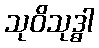
သုဝိသုဒ္ဓါ